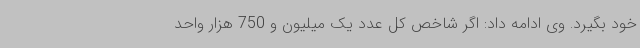
خود بگیرد. وی ادامه داد: اگر شاخص کل عدد یک میلیون و 750 هزار واحد